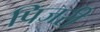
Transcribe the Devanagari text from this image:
पिजरी